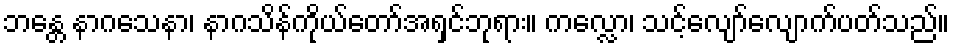
ဘန္တေ နာဂသေနာ၊ နာဂသိန်ကိုယ်တော်အရှင်ဘုရား။ ကလ္လော၊ သင့်လျော်လျောက်ပတ်သည်။